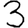
Digit: 3